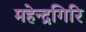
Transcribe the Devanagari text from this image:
महेन्द्रगिरि